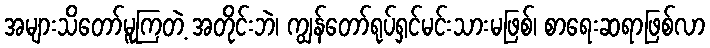
အများသိတော်မူကြတဲ့ အတိုင်းဘဲ၊ ကျွန်တော်ရုပ်ရှင်မင်းသားမဖြစ်၊ စာရေးဆရာဖြစ်လာ